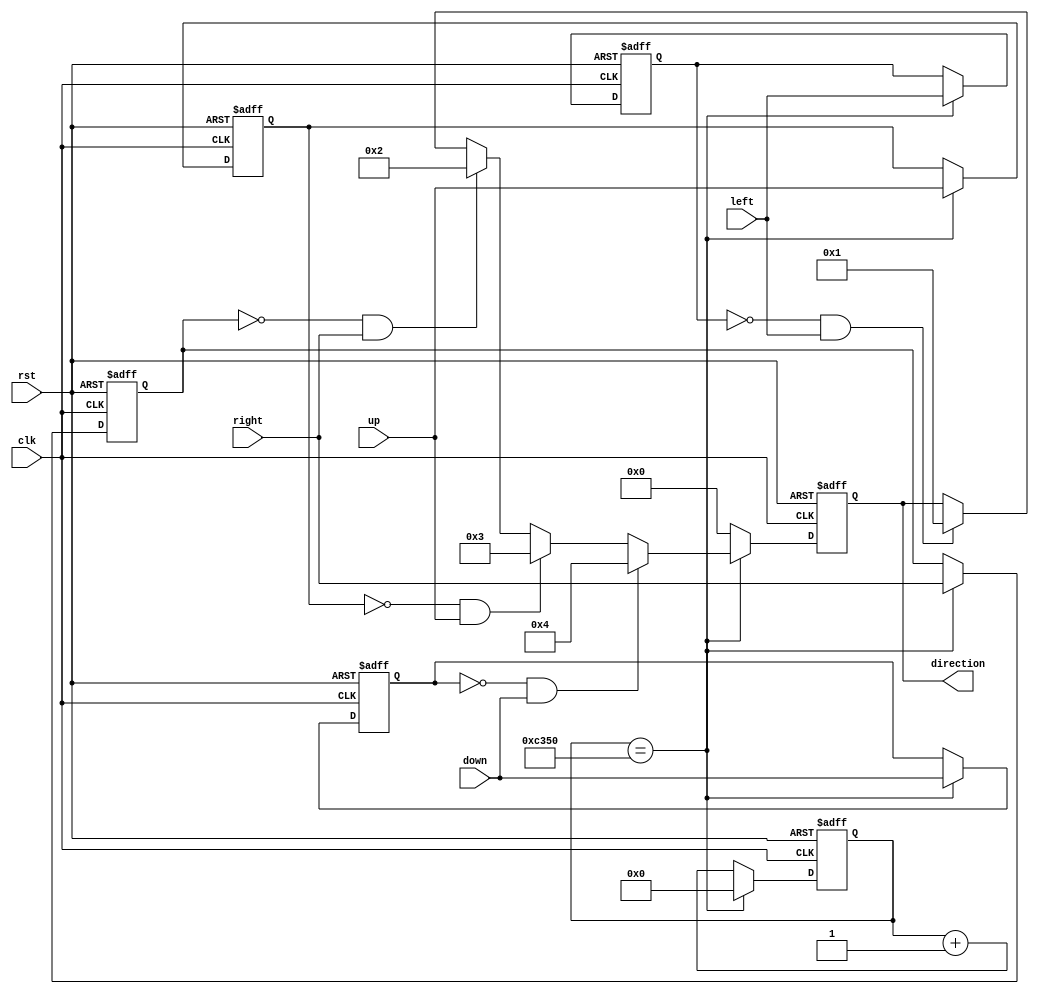
`timescale 1ns / 1ps
//////////////////////////////////////////////////////////////////////////////////
// Company: 
// Engineer: 
// 
// Design Name: 
// Module Name: Key
// Project Name: 
// Target Devices: 
// Tool Versions: 
// Description: 
// 
// Dependencies: 
// 
// Revision:
// Revision 0.01 - File Created
// Additional Comments:
// 
//////////////////////////////////////////////////////////////////////////////////


// 
	module Key
(	input clk,
	input rst,
	
	input left,
	input right,
	input up,
	input down,
	
	output reg[7:0] direction
);

	reg [31:0]clk_cnt;
	reg left_key_last;
	reg right_key_last;
	reg up_key_last;
	reg down_key_last;
	
	always@(posedge clk or negedge rst) begin
		if(!rst) begin
			clk_cnt <= 0;
			direction <= 8'b0;
					
			left_key_last <= 0;
			right_key_last <= 0;
			up_key_last <= 0;
			down_key_last <= 0;					
		end	
		else begin
			if(clk_cnt == 5_0000) begin
				clk_cnt <= 0;
				left_key_last <= left;
				right_key_last <= right;
				up_key_last <= up;
				down_key_last <= down;
					
				if(left_key_last == 0 && left == 1) 
					direction <= 8'b0000_0001;
				if(right_key_last == 0 && right == 1)
					direction <= 8'b0000_0010;
				if(up_key_last == 0 && up == 1)
					direction <= 8'b0000_0011;
				if(down_key_last == 0 && down == 1)
					direction <= 8'b0000_0100;
			end						
			else begin
				clk_cnt <= clk_cnt + 1;
				direction <= 8'b0000_0000;
			end
		end	
	end				
endmodule